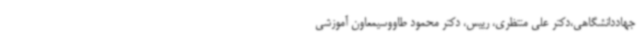
جهاددانشگاهی،دکتر علی منتظری، رییس، دکتر محمود طاووسیمعاون آموزشی